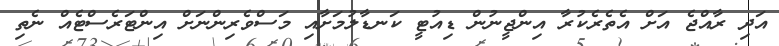
އަދި ރާއްޖެ އަށް އެތެރެކުރާ އިންޖީނުން ޑިއުޓީ ކަނޑާލުމަށާއި މަސްވެރިންނަށް އިންޓަރެސްޓެއް ނެތި